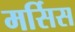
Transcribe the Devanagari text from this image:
मर्सिस